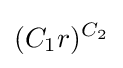
(C_{1}r)^{C_{2}}